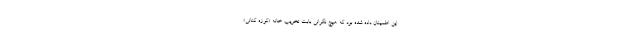
این اطمینان داده شده بود که هیچ نگرانی بابت تخریب خانه «کوزه کنانی»